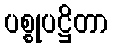
ပစ္စုပဋ္ဌိတာ